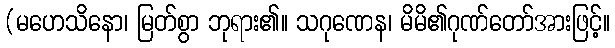
(မဟေသိနော၊ မြတ်စွာ ဘုရား၏။ သဂုဏေန၊ မိမိ၏ဂုဏ်တော်အားဖြင့်။